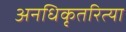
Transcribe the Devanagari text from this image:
अनधिकृतरित्या